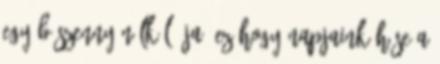
egyéb szenny nélkül. Ja, ez hogy napjaink hőse a